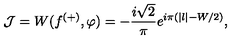
\mathcal { J } = W ( f ^ { ( + ) } , \varphi ) = - \frac { i \sqrt { 2 } } { \pi } e ^ { i \pi ( | l | - W / 2 ) } ,